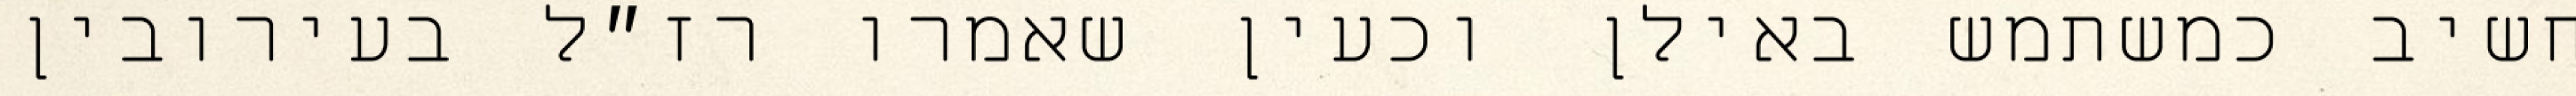
חשיב כמשתמש באילן וכעין שאמרו רז״ל בעירובין